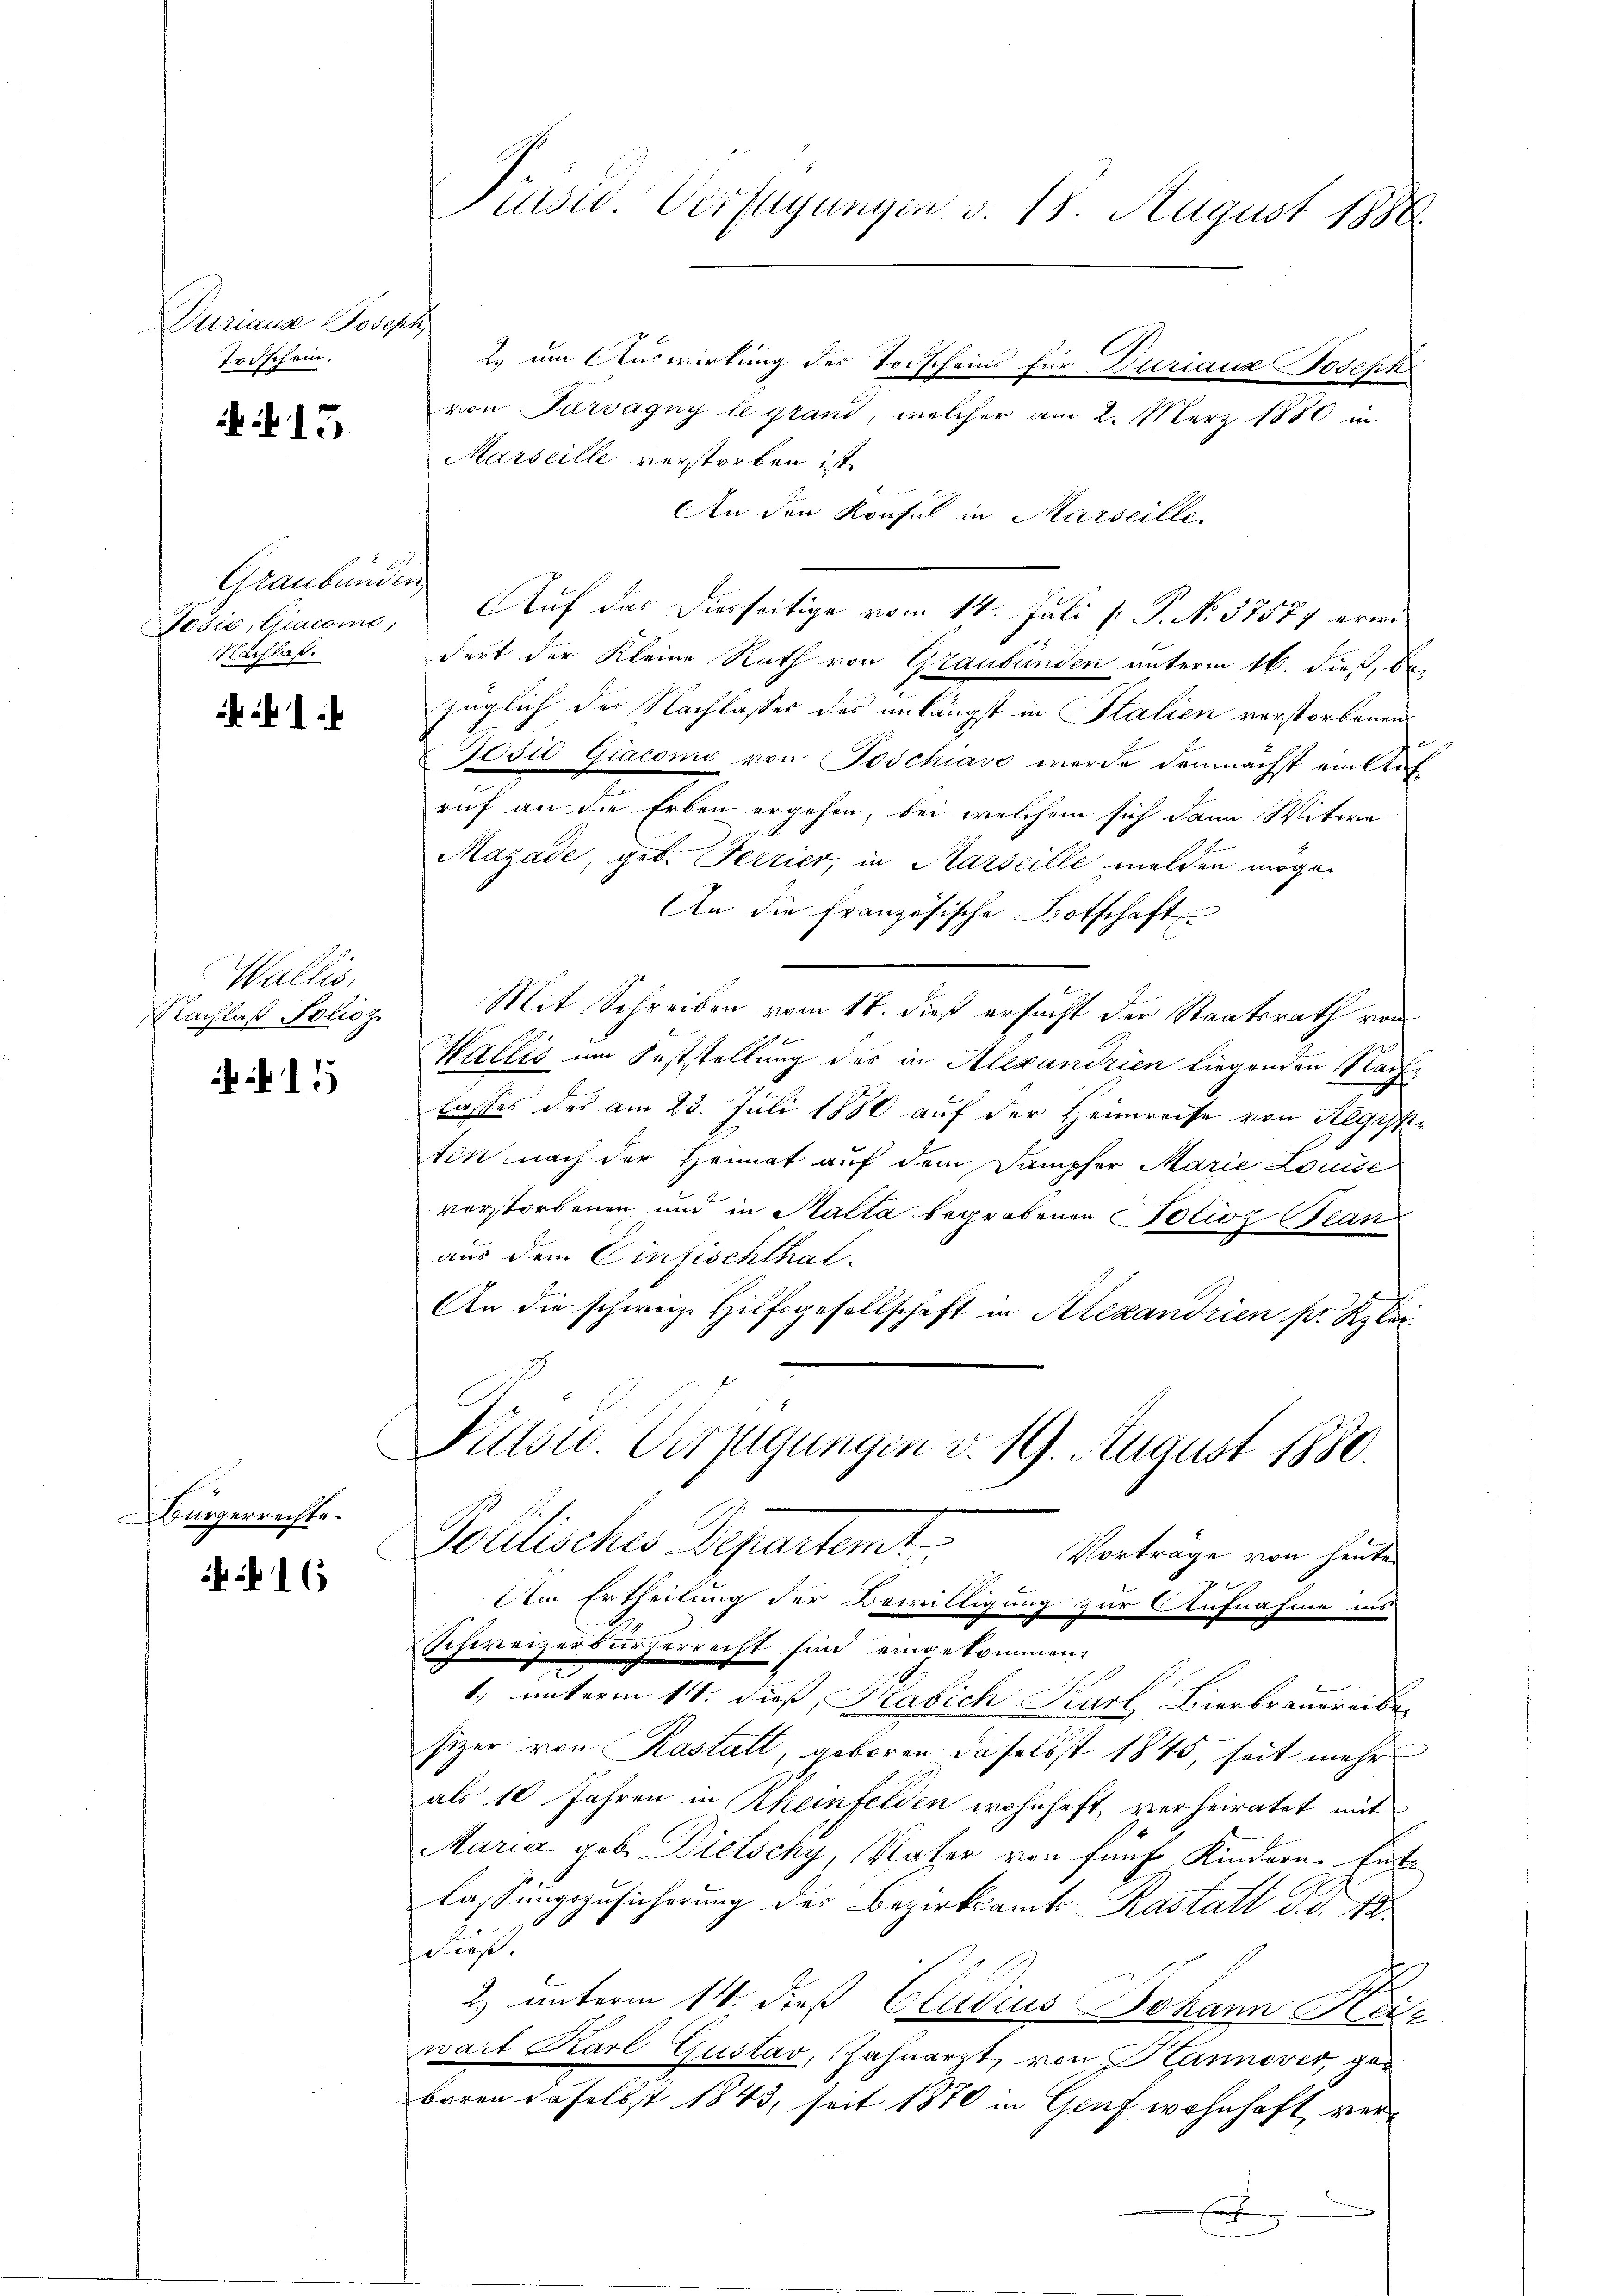
kamine Aussch
Todschein.

f 15

Graubünden
Nachlaß.

Wallis,
Nachlaß Folioz.

11

Aegerichte.

416

Präsid. Verfügungen. v. 18. August 1888

2. um Auswirkung des Todscheins für Duriana Joseph
von Parvagny le grand, welcher am 2. März 1880 in
Marseille verstorben ist.
An den Konsul in Marseille
Lodio, Giacomo, Auf das diesseitige vom 14. Juli [ P. No. 37577 erwidert der Kleine Rath von Graubünden unterm 16. dieß, be-
züglich des Nachlasses des unlängst in Stalien verstorbenen
Jošić Giacome von Toschiavo werde demnächst ein Aufruf an die Erben ergehen, bei welchem sich dann Witwe
Mazade, geb. Ferrier, in Marseille melden mögen
An die französische Botschaft
Mit Schreiben vom 17. dieß ersucht der Staatsrath von
Wallis im Feststellung des in Alexandrien liegenden Nachlasses des am 23. Juli 1880 auf der Heimreise von Aegyptiten nach der Heimat auf dem Dampfer Marie Louise
verstorbenen und in Malta begrabenen Polioz Bean
aus dem Einfischthal¬
An die schweiz. Hilfsgesellschaft in Alexandrien pr. Klei¬
Pidsw. Verfügungen d. 19. August 1880.
Politisches Departemet
Vorträge von heuten
b
Dem Ertheilung der Bewilligung zur Aufnahme ins
Schweizerbürgerrecht sind eingekommen.
1. unterm 14. dieß, Habich Karl Bierbrauereiber
sizer von Rastalt, geboren daselbst 1845, seit mehr
als 10 Jahren in Rheinfelden wohnhaft verheiratet mit
Maria geb. Dietschy, Vater von fünf Kindern Einte
lassungszusicherung des Bezirksamt Rastatt d.d. 12.
scht.
2) unterm 14. dieß Cludius Johann Ha
wart Karl Gustav, Zahnarzt, von J. Lannover, geboren daselbst 1843, seit 1870 in Genf wohnhaft verf